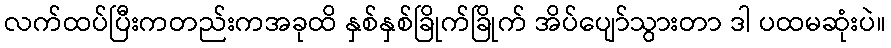
လက်ထပ်ပြီးကတည်းကအခုထိ နှစ်နှစ်ခြိုက်ခြိုက် အိပ်ပျော်သွားတာ ဒါ ပထမဆုံးပဲ။